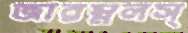
জারম্নলস্